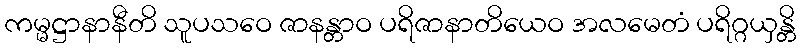
ကမ္မဋ္ဌာနာနီတိ သူပသဝေ ဇာနန္တာဝ ပရိဇာနာတိယေဝ အလမေတံ ပရိဂ္ဂယှန္တိ